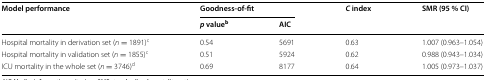
| <ROWSPAN=2> Model performance | <COLSPAN=2> Goodness-of-fit | <ROWSPAN=2> C index | <ROWSPAN=2> SMR (95 % CI) |
 | p valueb | AIC |
 | --- | --- | --- | --- | --- |
 | Hospital mortality in derivation set (n = 1891)c | 0.54 | 5691 | 0.63 | 1.007 (0.963–1.054) |
 | Hospital mortality in validation set (n = 1855)c | 0.51 | 5924 | 0.62 | 0.988 (0.943–1.034) |
 | ICU mortality in the whole set (n = 3746)d | 0.69 | 8177 | 0.64 | 1.005 (0.973–1.037) |